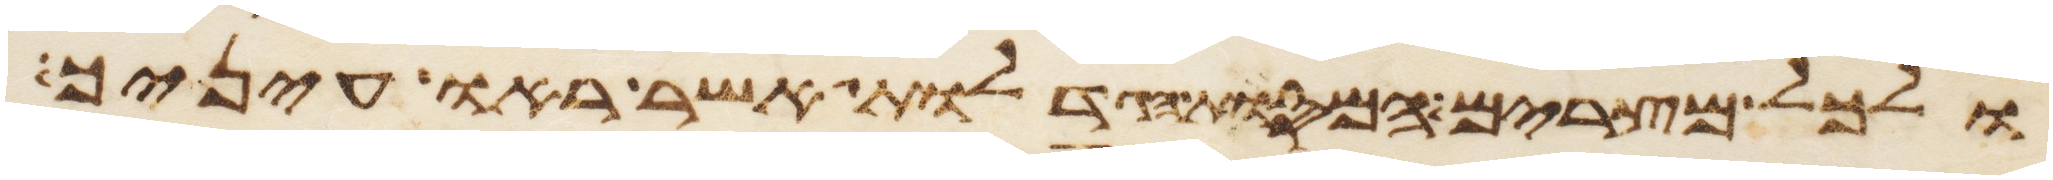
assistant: ולכל מצרים המסות הגדלות אשר ראו עיניך